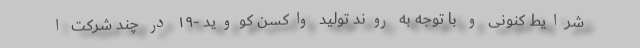
شرایط کنونی و با توجه به روند تولید واکسن کووید -۱۹ در چند شرکت ا